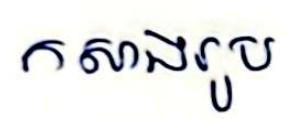
កសាងរូប